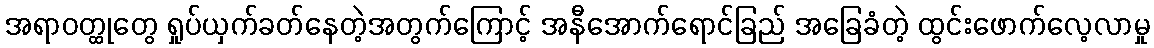
အရာဝတ္ထုတွေ ရှုပ်ယှက်ခတ်နေတဲ့အတွက်ကြောင့် အနီအောက်ရောင်ခြည် အခြေခံတဲ့ ထွင်းဖောက်လေ့လာမှု